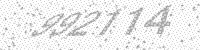
Solution: 992114